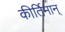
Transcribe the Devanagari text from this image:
कीर्तिमान्